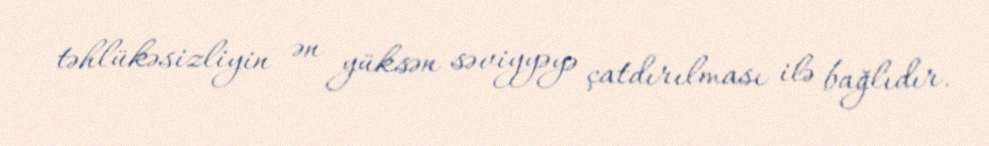
təhlükəsizliyin ən yüksən səviyyəyə çatdırılması ilə bağlıdır.